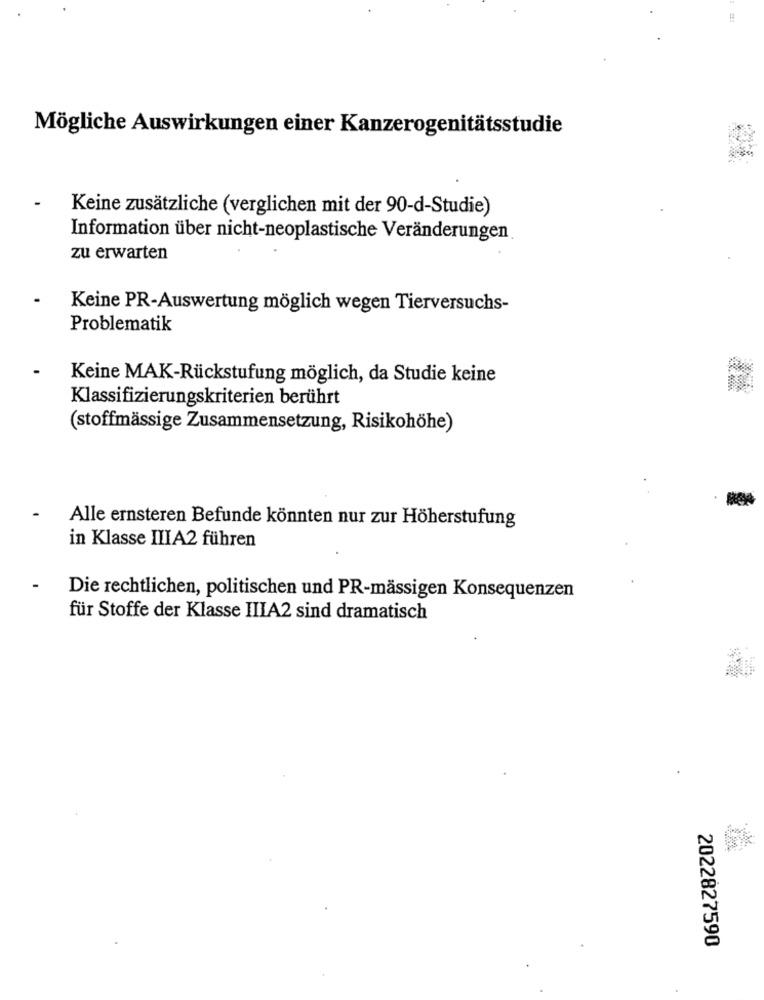
Mögliche Auswirkungen einer Kanzerogenitätsstudie
Keine zusätzliche (verglichen mit der 90-d-Studie)
Information über nicht-neoplastische Veränderungen
zu erwarten
Keine PR-Auswertung möglich wegen Tierversuchs-
Problematik
Keine MAK-Rückstufung möglich, da Studie keine
Klassifizierungskriterien berührt
(stoffmässige Zusammensetzung, Risikohöhe)
Alle ernsteren Befunde könnten nur zur Höherstufung
in Klasse IIIA2 führen
Die rechtlichen, politischen und PR-mässigen Konsequenzen
für Stoffe der Klasse IIIA2 sind dramatisch
2022827590